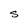
Character: S